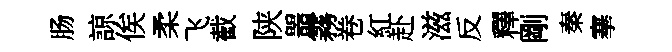
肠諒俟柔飞截陕噐霧卷紅赴滋反釋剛秦搴